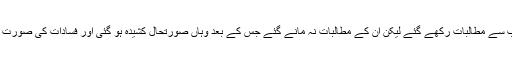
اور ان کی جانب سے مطالبات رکھے گئے لیکن ان کے مطالبات نہ مانے گئے جس کے بعد وہاں صورتحال کشیدہ ہو گئی اور فسادات کی صورت اختیار کر گئی۔